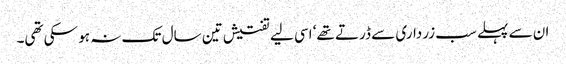
ان سے پہلے سب زرداری سے ڈرتے تھے‘ اسی لیے تفتیش تین سال تک نہ ہو سکی تھی۔